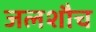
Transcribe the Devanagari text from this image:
जलशौच